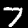
Label: 7